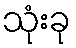
သုံးခု